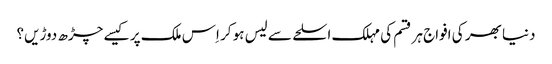
دنیا بھر کی افواج ہر قسم کی مہلک اسلحے سے لیس ہو کر اِس ملک پر کیسے چڑھ دوڑیں؟